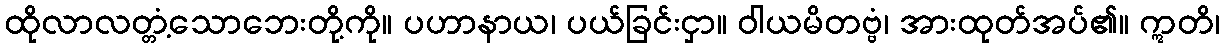
ထိုလာလတ္တံ့သောဘေးတို့ကို။ ပဟာနာယ၊ ပယ်ခြင်းငှာ။ ဝါယမိတဗ္ဗံ၊ အားထုတ်အပ်၏။ ဣတိ၊